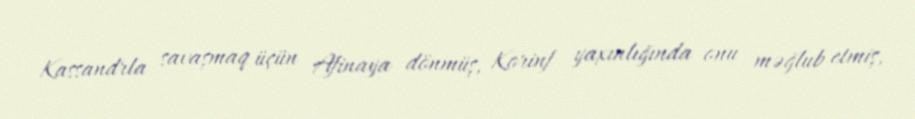
Kassandrla savaşmaq üçün Afinaya dönmüş, Korinf yaxınlığında onu məğlub etmiş,